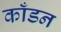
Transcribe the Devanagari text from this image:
काँडन